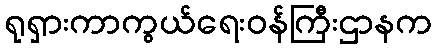
ရုရှားကာကွယ်ရေးဝန်ကြီးဌာနက